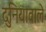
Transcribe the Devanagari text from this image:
दुनियावाले